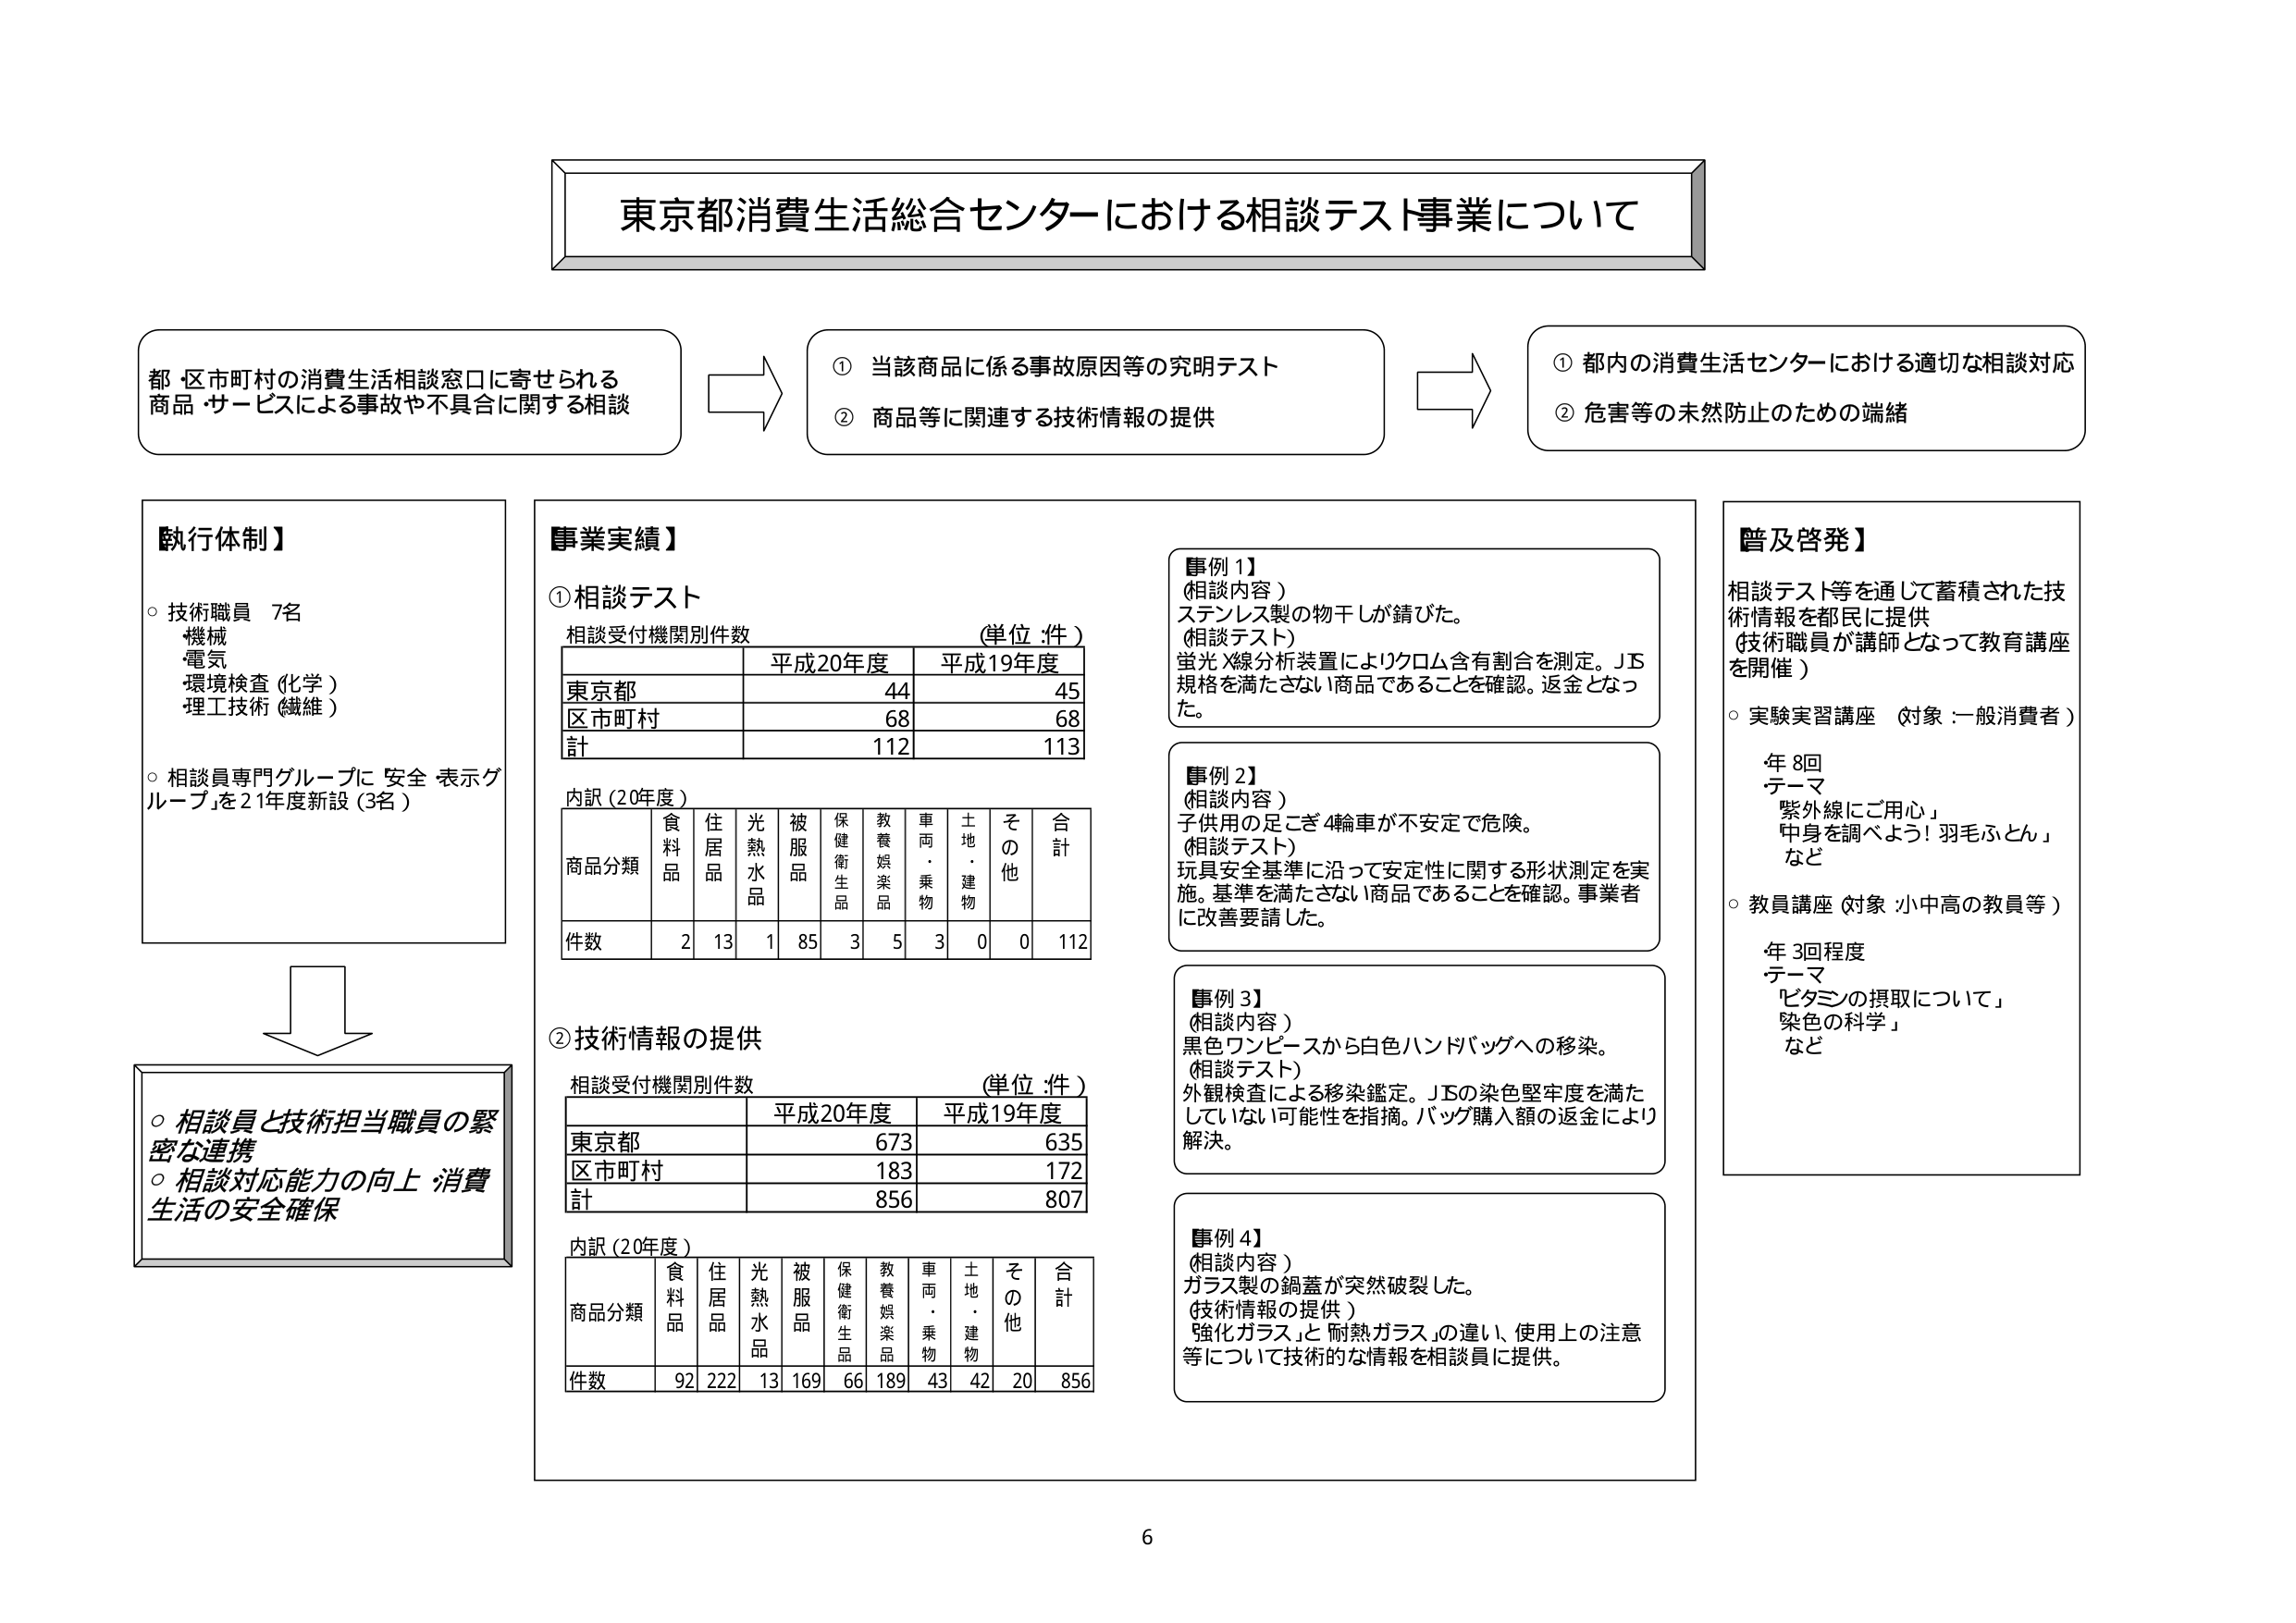
東京都消費生活総合センターにおける相談テスト事業について

都・区市町村の消費生活相談窓口に寄せられる
商品・サービスによる事故や不具合に関する相談

① 当該商品に係る事故原因等の究明テスト
② 商品等に関連する技術情報の提供

① 都内の消費生活センターにおける適切な相談対応
② 危害等の未然防止のための端緒

【執行体制】
○ 技術職員 7名
　機械
　電気
　環境検査（化学）
　理工技術（繊維）
○ 相談員専門グループに「安全・表示グループ」を21年度新設（3名）

【事業実績】
① 相談テスト
　相談受付機関別件数　（単位：件）
　　　　　　　　　　平成20年度　平成19年度
　東京都　　　　　　　　44　　　　45
　区市町村　　　　　　68　　　　68
　計　　　　　　　　112　　　　113

　内訳（20年度）
　商品分類　　食料品　住居品　光熱水品　被服品　保健衛生品　教養娯楽品　車両・乗物　土地・建物　その他　合計
　件数　　　　　2　　　13　　　1　　　85　　　3　　　5　　　3　　　0　　　0　　　112

② 技術情報の提供
　相談受付機関別件数　（単位：件）
　　　　　　　　　　平成20年度　平成19年度
　東京都　　　　　　673　　　　635
　区市町村　　　　183　　　　172
　計　　　　　　856　　　　807

　内訳（20年度）
　商品分類　　食料品　住居品　光熱水品　被服品　保健衛生品　教養娯楽品　車両・乗物　土地・建物　その他　合計
　件数　　　　92　　222　　　13　　　169　　　66　　　189　　　43　　　42　　　20　　　856

【事例1】
（相談内容）
ステンレス製の物干しが錆びた。
（相談テスト）
蛍光X線分析装置によりクロム含有割合を測定。JIS規格を満たさない商品であることを確認。返金となった。

【事例2】
（相談内容）
子供用の足こぎ4輪車が不安定で危険。
（相談テスト）
玩具安全基準に沿って安定性に関する形状測定を実施。基準を満たさない商品であることを確認。事業者に改善要請した。

【事例3】
（相談内容）
黒色ワンピースから白色ハンドバッグへの移染。
（相談テスト）
外観検査による移染鑑定。JISの染色堅牢度を満たしていない可能性を指摘。バッグ購入額の返金により解決。

【事例4】
（相談内容）
ガラス製の鍋蓋が突然破裂した。
（技術情報の提供）
「強化ガラス」と「耐熱ガラス」の違い、使用上の注意等について技術的な情報を相談員に提供。

【普及啓発】
相談テスト等を通じて蓄積された技術情報を都民に提供
（技術職員が講師となって教育講座を開催）
○ 実験実習講座　（対象：一般消費者）
　　年8回
　　テーマ
　　　「紫外線にご用心」
　　　「中身を調べよう！羽毛ふとん」
　　　など
○ 教員講座　（対象：小中高の教員等）
　　年3回程度
　　テーマ
　　　「ビタミンの摂取について」
　　　「染色の科学」
　　　など

○ 相談員と技術担当職員の緊密な連携
○ 相談対応能力の向上・消費生活の安全確保

6